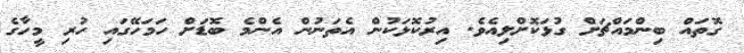
ގޮތައް ބިންމައްޗަށް ގުޅަކޮށްލިއެވެ. އިރުކޮޅަކުން އެތަނުން އެންމެ ބޮޑަށް ހަމަހޭގައި ހުރި މީހާގެ